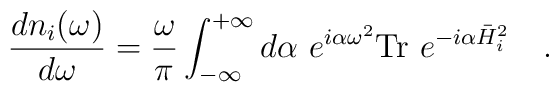
{dn_i(\omega) \over d\omega}={\omega \over \pi}\int_{-\infty}^{+\infty}d\alpha~ e^{i\alpha\omega^2}\mbox{Tr}~e^{-i\alpha\bar{H}_i^2}~~~.